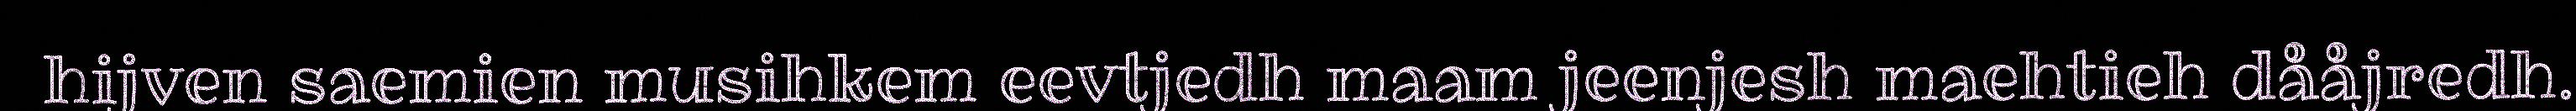
hijven saemien musihkem eevtjedh maam jeenjesh maehtieh dååjredh.